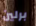
برلين